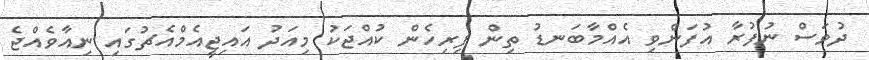
ދުވަސް ނުފުރާ އުފަންވި އެއްމާބަނޑު ތިން ފިރިހެން ކުއްޖަކު މިއަދު އައިޖީއެމްއެޗުގައި ނިއާވެއްޖެ